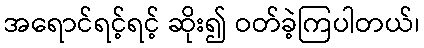
အရောင်ရင့်ရင့် ဆိုး၍ ဝတ်ခဲ့ကြပါတယ်၊